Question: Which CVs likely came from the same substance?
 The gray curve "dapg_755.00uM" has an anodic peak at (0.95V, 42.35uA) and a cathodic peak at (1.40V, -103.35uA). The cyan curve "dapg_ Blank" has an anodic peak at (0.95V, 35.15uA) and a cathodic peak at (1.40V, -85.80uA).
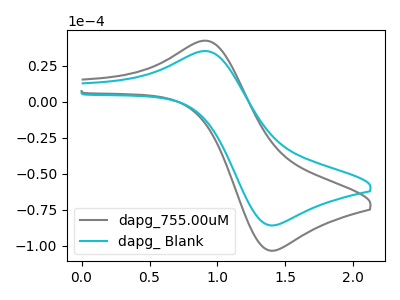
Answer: <think>All the peaks in "dapg_755.00uM" have a peak in "dapg_ Blank" at the same potential. Every peak in "dapg_755.00uM" is higher than every peak in "dapg_ Blank".
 </think>
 <answer>"dapg_ Blank" and "dapg_755.00uM" have the same shape and are likely CV's of the same chemical.</answer>
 <eval>"dapg_ Blank" "dapg_755.00uM"</eval>